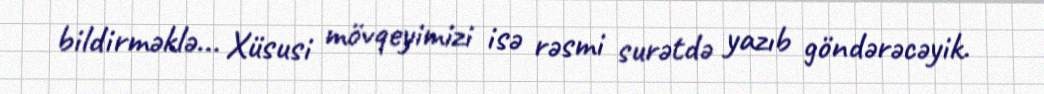
bildirməklə... Xüsusi mövqeyimizi isə rəsmi surətdə yazıb göndərəcəyik.